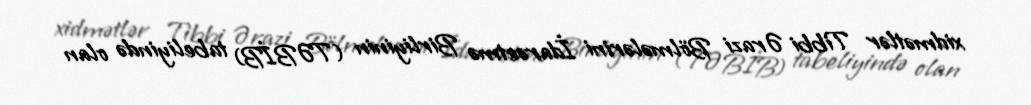
xidmətlər Tibbi Ərazi Bölmələrini İdarəetmə Birliyinin (TƏBİB) tabeliyində olan